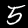
Label: 5